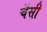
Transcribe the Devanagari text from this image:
चॅसी